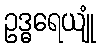
ဥဒ္ဓရေယျုံ